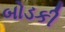
બોડકી